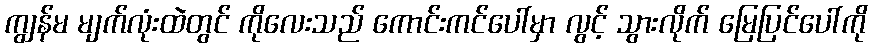
ကျွန်မ မျက်လုံးထဲတွင် ကိုလေးသည် ကောင်းကင်ပေါ်မှာ လွင့် သွားလိုက် မြေပြင်ပေါ်ကို